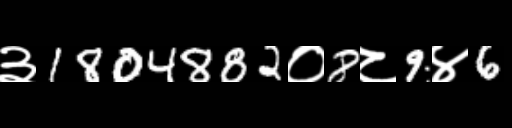
Text: ३1804882०8८9४6